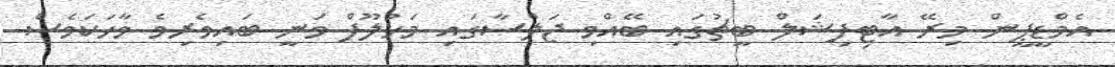
އެމްޑީޕީން މިރޭ އާޓިފިޝަލް ބީޗުގައި ބޭއްވި ޖަލްސާގައި މަހުލޫފް ވަނީ ބައިވެރިވެ ވާހަކަވެސް